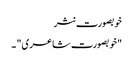
خوبصورت نثر
"خوبصورت شاعری" ۔